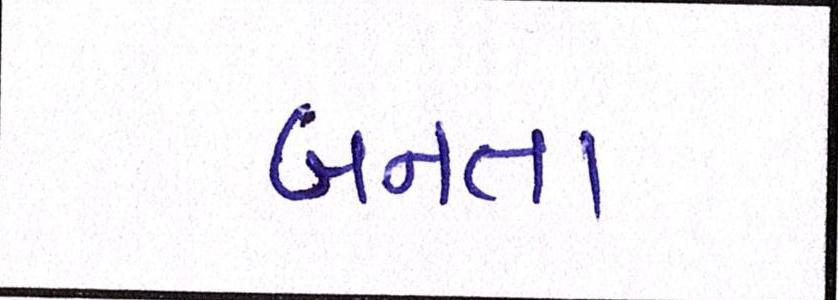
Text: બનતા